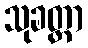
သုခတ္ထာ